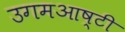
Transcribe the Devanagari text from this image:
उगमआष्टी